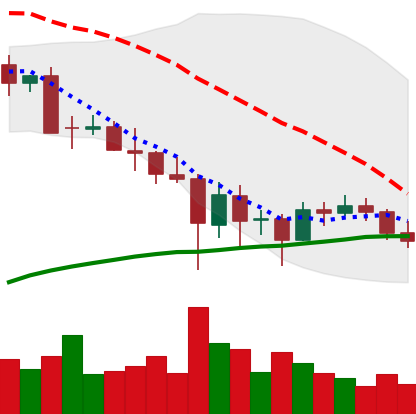
Ticker: BTC-USD
Chart end date: 2021-05-29
Forward return: 13.267%
Label: up_7plus